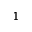
^ 1